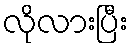
လိုလားပြီး